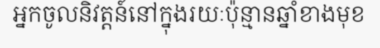
អ្នកចូលនិវត្តន៍នៅក្នុងរយៈប៉ុន្មានឆ្នាំខាងមុខ